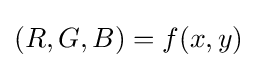
(R,G,B)=f(x,y)